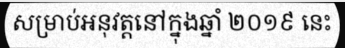
សម្រាប់អនុវត្តនៅក្នុងឆ្នាំ ២០១៩ នេះ